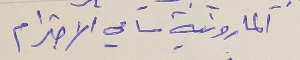
المارونية سامي الاحترام .